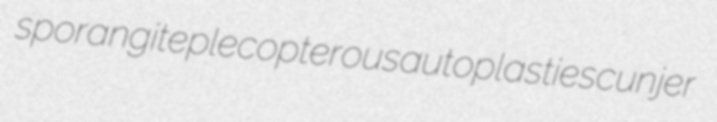
sporangite plecopterous autoplasties cunjer